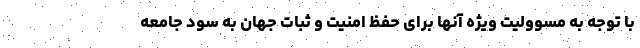
با توجه به مسوولیت ویژه آنها برای حفظ امنیت و ثبات جهان به سود جامعه